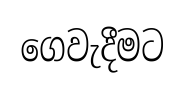
ගෙවැදීමට